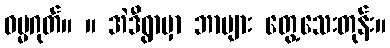
ဓမ္မဂုတ်။ ။ အဲဒီရွာမှာ ဘာများ တွေ့သေးတုန်း။